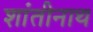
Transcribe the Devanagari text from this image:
शांतीनाथ